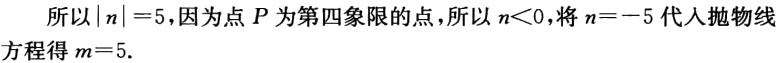
所以\(\vert n\vert = 5\)，因为点\(P\)为第四象限的点，所以\(n<0\)，将\(n = - 5\)代入抛物线方程得\(m = 5\).